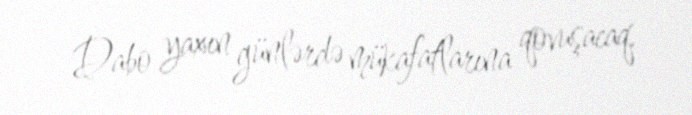
Dabo yaxın günlərdə mükafatlarına qovuşacaq.